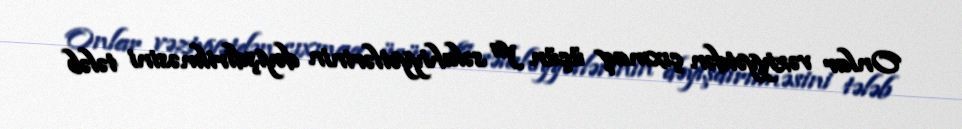
Onlar vəziyyətdən çıxmaq üçün ya səlahiyyətlərinin dəyişdirilməsini tələb